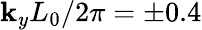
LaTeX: \mathbf{k}_{y}L_{0}/2\pi=\pm0.4